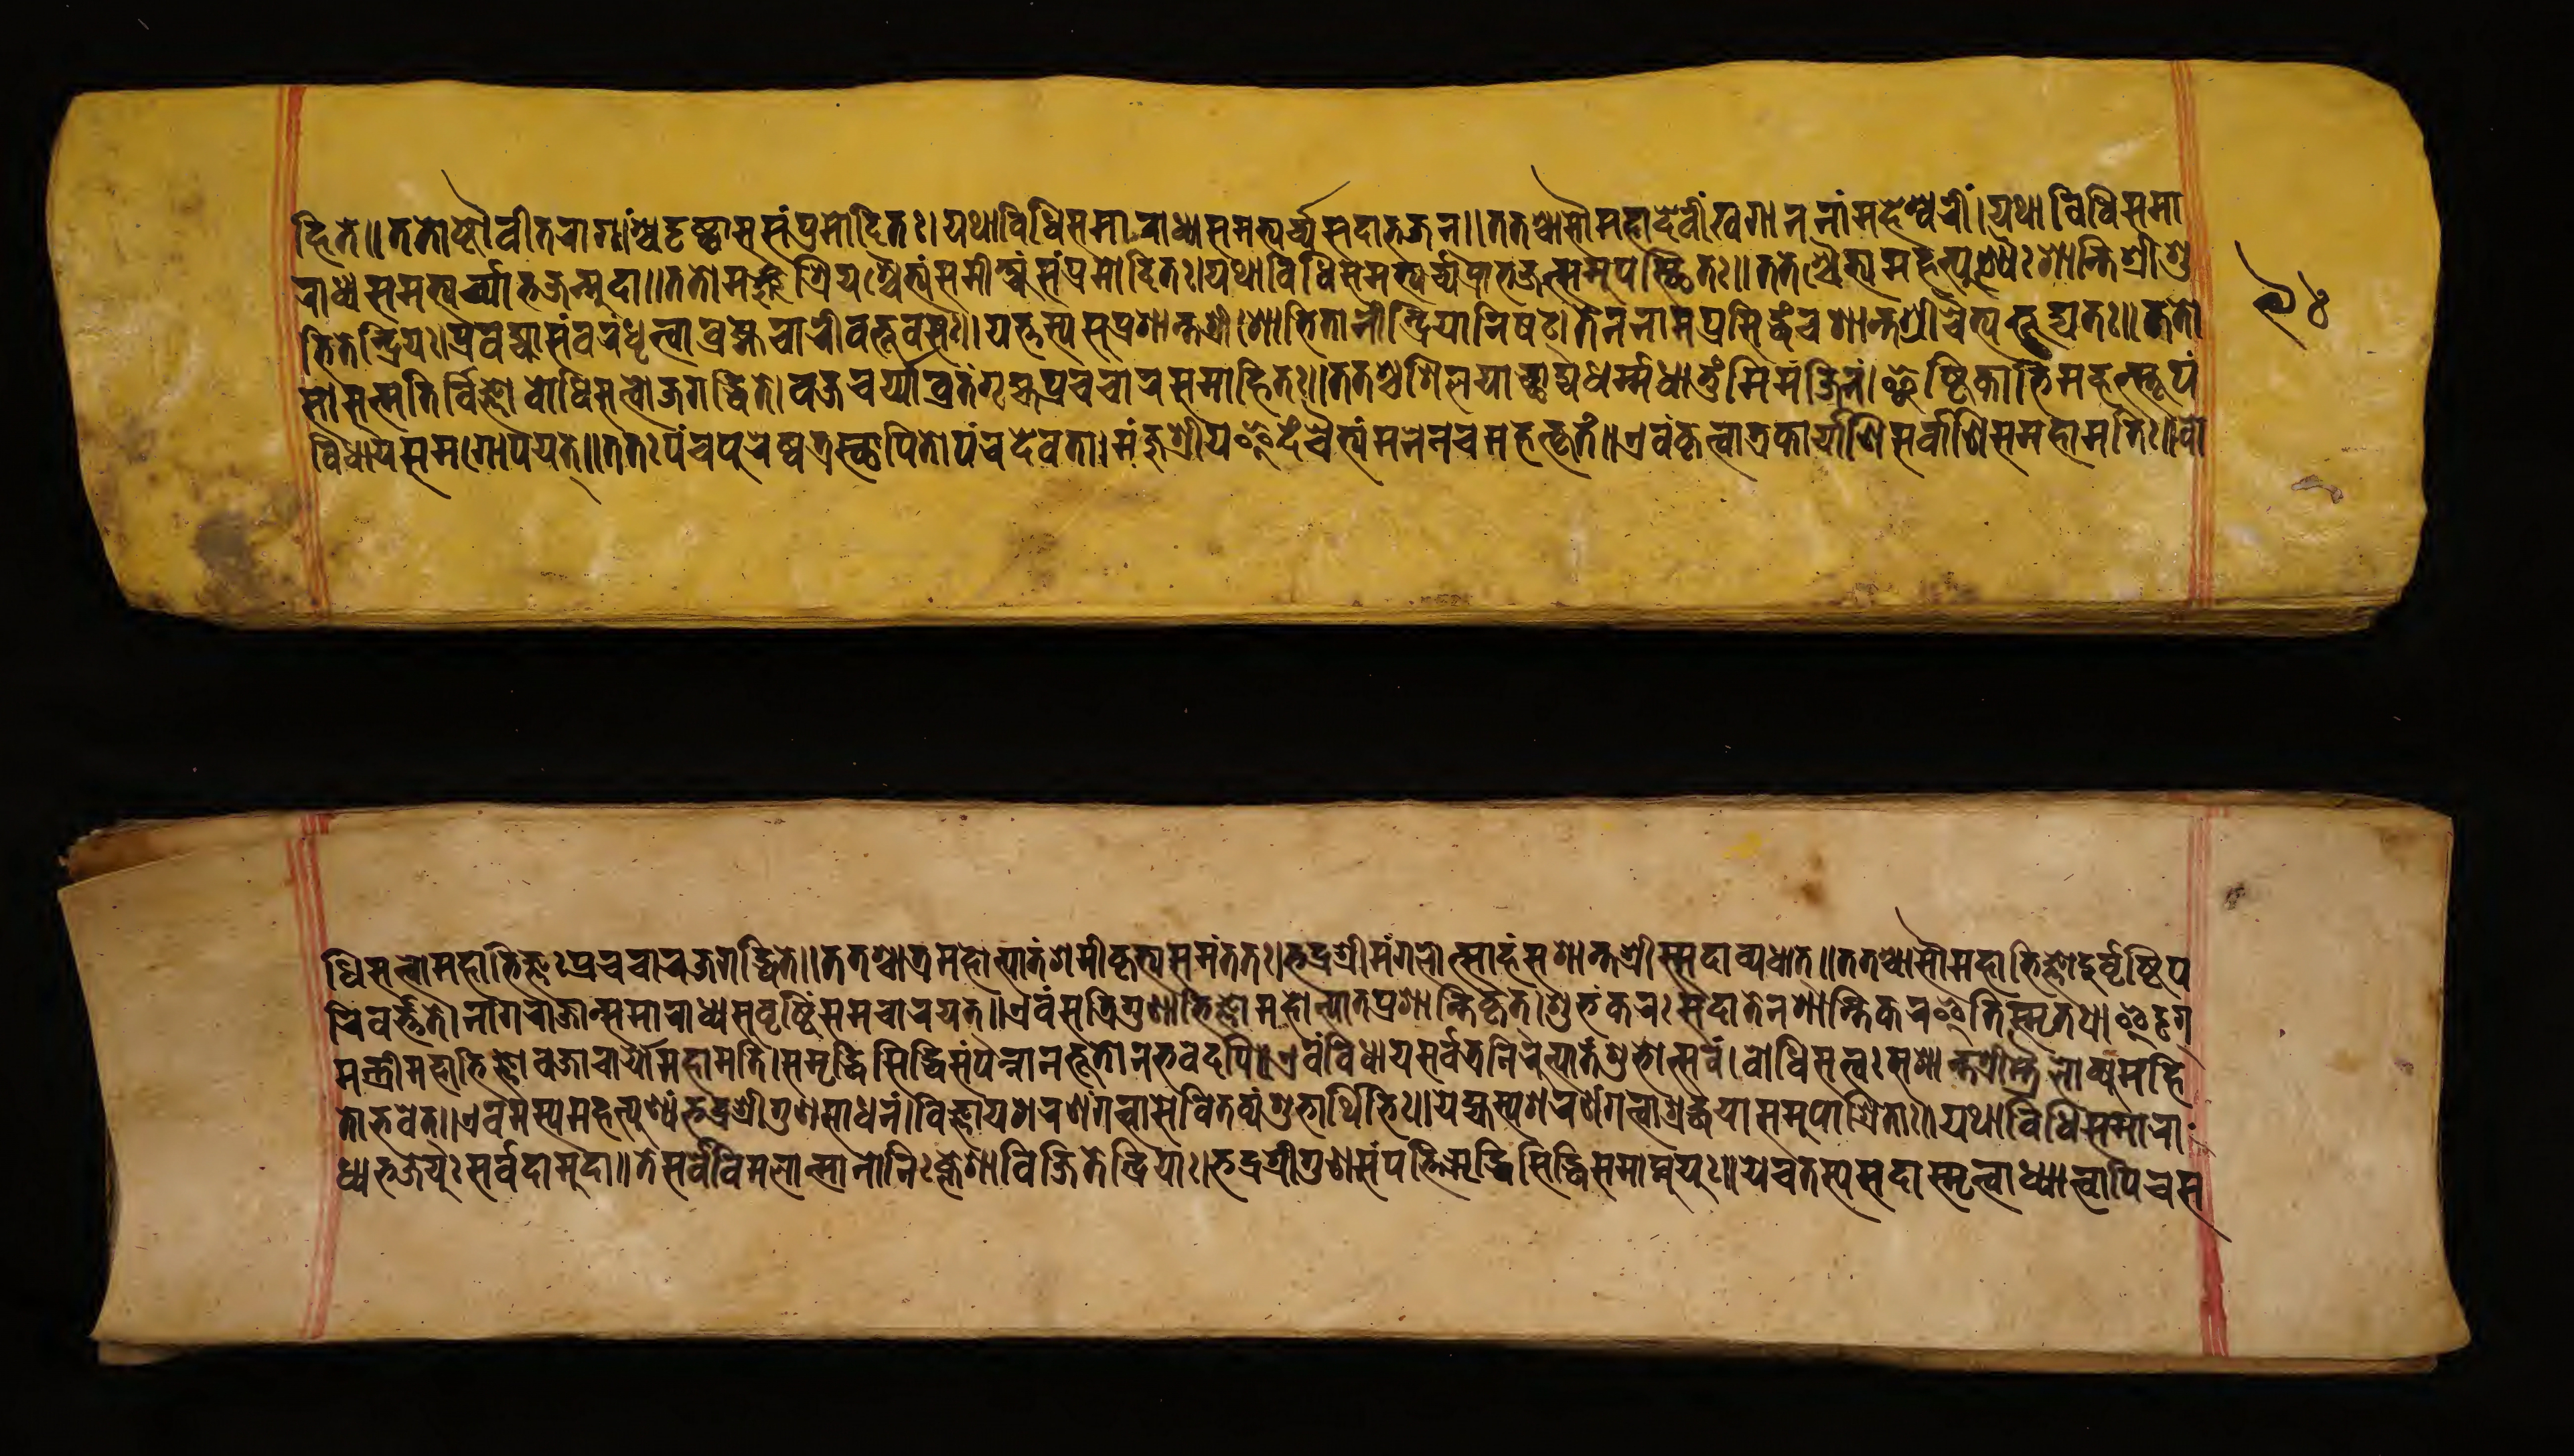
𑐴𑐶𑐟𑑅𑑌𑐟𑐟𑑀𑐲𑑂𑐚𑑁𑐰𑐷𑐟𑐬𑐵𑐐𑐵𑑄𑐱𑑂𑐔𑐡𑐺𑐲𑑂𑐚𑑂𑐰𑐵𑐳𑐳𑑄𑐥𑑂𑐬𑐩𑑀𑐡𑐶𑐟𑑅𑑋𑐫𑐠𑐵𑐰𑐶𑐢𑐶𑐳𑐩𑐵𑐬𑐵𑐢𑑂𑐫𑐳𑐩𑐨𑑂𑐫𑐬𑑂𑐔𑑂𑐫𑐳𑐡𑐵𑐨𑐖𑐣𑑂𑑌𑐟𑐟𑐱𑑂𑐔𑐵𑐳𑑁𑐩𑐴𑐵𑐡𑐾𑐰𑐷𑐏𑐐𑐵𑐣𑐣𑐵𑑄𑐩𑐴𑐾𑐱𑑂𑐰𑐬𑐷𑑄𑑋𑐫𑐠𑐵𑐰𑐶𑐢𑐶𑐳𑐩𑐵 𑐬𑐵𑐢𑑂𑐫𑐳𑐩𑐨𑑂𑐫𑐬𑑂𑐔𑑂𑐫𑐵𑐨𑐖𑐣𑑂𑐩𑐸𑐡𑐵𑑌𑐟𑐟𑑀𑐩𑐘𑑂𑐖𑐸𑐱𑑂𑐬𑐶𑐫𑐱𑑂𑐔𑐿𑐟𑑂𑐫𑑄𑐳𑐩𑐷𑐎𑑂𑐲𑑂𑐫𑐳𑐥𑑂𑐬𑐩𑑀𑐡𑐶𑐟𑑅𑑋𑐫𑐠𑐵𑐰𑐶𑐢𑐶𑐳𑐩𑐨𑑂𑐫𑐬𑑂𑐔𑑂𑐫𑐥𑑂𑐬𑐵𑐨𑐖𑐟𑑂𑐳𑐩𑐸𑐥𑐳𑑂𑐠𑐶𑐟𑑅𑑌𑐟𑐟𑑅𑐱𑑂𑐔𑐿𑐟𑐟𑑂𑐩𑐴𑐟𑑂𑐥𑐸𑐞𑑂𑐫𑐿𑑅𑐱𑐵𑐣𑑂𑐟𑐶𑐱𑑂𑐬𑐷𑐱𑐸 𑐨𑐶𑐟𑐾𑐣𑑂𑐡𑑂𑐬𑐶𑐫𑑅𑑋𑐥𑑂𑐬𑐰𑐖𑑂𑐫𑐵𑐳𑑄𑐰𑐬𑑄𑐢𑐺𑐟𑑂𑐰𑐵𑐧𑑂𑐬𑐴𑑂𑐩𑐔𑐵𑐬𑐷𑐧𑐨𑐹𑐰𑐳𑑅𑑌𑐫𑐟𑑂𑐟𑐳𑑂𑐫𑐳𑐸𑐥𑑂𑐬𑐱𑐵𑐣𑑂𑐟𑐱𑑂𑐬𑐷𑐱𑑀𑐨𑐶𑐟𑐵𑐣𑐷𑐣𑑂𑐡𑑂𑐬𑐶𑐫𑐵𑐣𑐶𑐲𑐚𑑂𑑋𑐟𑑄𑐣𑐣𑐵𑐩𑐥𑑂𑐬𑐳𑐶𑐡𑑂𑐢𑑄𑐔𑐱𑐵𑐣𑑂𑐟𑐱𑑂𑐬𑐷𑐬𑐶𑐟𑑂𑐫𑐨𑐹𑐡𑑂𑐫𑐟𑑅𑑌𑐟𑐟𑑀 𑐳𑑁𑐳𑐟𑑂𑐩𑐟𑐶𑐬𑑂𑐰𑐶𑐖𑑂𑐘𑑀𑐧𑑀𑐢𑐶𑐳𑐟𑑂𑐟𑑂𑐰𑑀𑐖𑐐𑐡𑑂𑐢𑐶𑐟𑐾𑑋𑐰𑐖𑑂𑐬𑐔𑐬𑑂𑐫𑐵𑐰𑑂𑐬𑐟𑑄𑐐𑐺𑐴𑐫𑐥𑑂𑐬𑐔𑐔𑐵𑐬𑐳𑐩𑐵𑐴𑐶𑐟𑑅𑑌𑐟𑐟𑐱𑑂𑐔𑐱𑐶𑐮𑐫𑐵𑐕𑐵𑐡𑑂𑐫𑐢𑐬𑑂𑐩𑑂𑐩𑐢𑐵𑐟𑐸𑑄𑐩𑐶𑐩𑑄𑐖𑐶𑐣𑑄𑑋𑐂𑐲𑑂𑐚𑐶𑐎𑐵𑐨𑐶𑐬𑑂𑐩𑐴𑐟𑑂𑐳𑑂𑐟𑐹𑐥𑑄 𑐰𑐶𑐢𑐵𑐫𑐳𑐩𑐐𑑀𑐥𑐫𑐟𑑂𑑌𑐟𑐟𑑅𑐥𑐘𑑂𑐔𑐥𑐸𑐬𑐾𑐲𑑂𑐰𑐟𑑂𑐬𑐳𑑂𑐠𑐵𑐥𑐶𑐟𑐵𑐥𑐘𑑂𑐔𑐡𑐾𑐰𑐟𑐵𑑅𑑋𑐩𑐘𑑂𑐖𑐸𑐱𑑂𑐬𑐷𑐫𑐵𑐩𑐶𑐡𑑄𑐔𑐿𑐟𑑂𑐫𑐩𑐣𑐾𑐣𑐔𑐩𑐴𑐟𑑂𑐎𑐺𑐟𑑄𑑌𑐊𑐰𑑄𑐎𑐺𑐟𑑂𑐰𑐵𑐟𑑂𑐬𑐎𑐵𑐬𑑂𑐫𑐵𑐞𑐶𑐳𑐬𑑂𑐰𑐵𑐞𑐶𑐳𑐩𑐴𑐵𑐩𑐟𑐶𑑅𑑋𑐧𑑀 𑐢𑐶𑐳𑐟𑑂𑐟𑑂𑐰𑐵𑐩𑐴𑐵𑐨𑐶𑐖𑑂𑐘𑑅𑐥𑑂𑐬𑐔𑐔𑐵𑐬𑐖𑐐𑐡𑑂𑐢𑐶𑐟𑐾𑑌𑐟𑐟𑐱𑑂𑐔𑐵𑐟𑑂𑐬𑐩𑐴𑐟𑑂𑐥𑐵𑐟𑑄𑐱𑐩𑐷𑐎𑐺𑐟𑑂𑐫𑐳𑐩𑑄𑐟𑐟𑑅𑑋𑐨𑐡𑑂𑐬𑐱𑑂𑐬𑐷𑐩𑐒𑑂𑐐𑐮𑑀𑐟𑑂𑐳𑐵𑐴𑑄𑐣𑐱𑐵𑐣𑑂𑐟𑐱𑑂𑐬𑐷𑑅𑐳𑑂𑐳𑐡𑐵𑐰𑑂𑐫𑐢𑐵𑐟𑑂𑑌𑐟𑐟𑐱𑑂𑐔𑐵𑐳𑑁𑐩𑐴𑐵𑐨𑐶𑐖𑑂𑐘𑑀𑐡𑐸𑐬𑑂𑐰𑐺𑐲𑑂𑐚𑐶𑐥 𑐬𑐶𑐰𑐬𑑂𑐟𑑂𑐟𑐟𑐾𑑋𑐣𑐵𑐐𑐬𑐵𑐖𑐵𑐣𑑂𑐳𑐩𑐵𑐬𑐵𑐢𑑂𑐫𑐳𑐸𑐰𑐺𑐲𑑂𑐚𑐶𑐳𑐩𑐔𑐵𑐬𑐫𑐟𑑂𑑌𑐊𑐰𑑄𑐳𑐟𑑂𑐬𑐶𑐐𑐸𑐞𑐵𑐨𑐶𑐖𑑂𑐘𑐵𑑄𑐩𑐴𑑀𑐟𑑂𑐥𑐵𑐟𑐥𑑂𑐬𑐱𑐵𑐣𑑂𑐟𑐶𑐎𑐺𑐟𑑂𑑋𑐱𑐸𑐨𑑄𑐎𑐬𑐳𑐡𑐵𑐟𑐾𑐣𑐱𑐵𑐣𑑂𑐟𑐶𑐎𑐬𑐾𑐂𑐟𑐶𑐳𑑂𑐩𑐺𑐟𑑅𑑌𑐃𑐡𑐺𑐐𑑂 𑐩𑐣𑑂𑐟𑑂𑐬𑐷𑐩𑐴𑐵𑐨𑐶𑐖𑑂𑐘𑑀𑐰𑐖𑑂𑐬𑐵𑐔𑐵𑐬𑑂𑐫𑐵𑐩𑐴𑐵𑐩𑐟𑐶𑑅𑑋𑐳𑐩𑐺𑐡𑑂𑐢𑐶𑐳𑐶𑐡𑑂𑐢𑐶𑐳𑑄𑐥𑐣𑑂𑐣𑐵𑐣𑐨𑐹𑐟𑐵𑐣𑐨𑐰𑐶𑐲𑑂𑐫𑐟𑐶𑑌𑐊𑐰𑑄𑐰𑐶𑐢𑐵𑐫𑐳𑐬𑑂𑐰𑐟𑑂𑐬𑐣𑐶𑐬𑐸𑐟𑑂𑐥𑐵𑐟𑑄𑐱𑐸𑐨𑑀𑐟𑑂𑐳𑐰𑑄𑑋𑐧𑑀𑐢𑐶𑐳𑐟𑑂𑐟𑑂𑐰𑐳𑐱𑐵𑐣𑑂𑐟𑐱𑑂𑐬𑐷𑐳𑑂𑐟𑑂𑐬𑐿𑐮𑑀𑐎𑑂𑐫𑐩𑐴𑐶 𑐟𑑀𑐨𑐰𑐟𑑂𑑌𑐊𑐰𑐩𑐳𑑂𑐫𑐩𑐴𑐟𑑂𑐥𑐸𑐞𑑂𑐫𑑄𑐨𑐡𑑂𑐬𑐱𑑂𑐬𑐷𑐐𑐸𑐞𑐳𑐵𑐢𑐣𑑄𑑋𑐰𑐶𑐖𑑂𑐘𑐵𑐫𑐱𑐬𑐞𑑄𑐐𑐟𑑂𑐰𑐵𑐳𑐰𑐶𑐟𑐰𑑂𑐫𑑄𑐱𑐸𑐨𑐵𑐬𑑂𑐠𑐶𑐨𑐶𑑅𑑌𑐫𑐡𑑂𑐫𑐳𑑂𑐫𑐱𑐬𑐞𑑄𑐐𑐟𑑂𑐰𑐵𑐱𑑂𑐬𑐡𑑂𑐢𑐫𑐵𑐳𑐩𑐸𑐥𑐵𑐱𑑂𑐬𑐶𑐟𑐵𑑅𑑋𑐫𑐠𑐵𑐰𑐶𑐢𑐶𑐳𑐩𑐵𑐬𑐵 𑐢𑑂𑐫𑐨𑐖𑐾𑐫𑐸𑑅𑐳𑐬𑑂𑐰𑐡𑐵𑐩𑐸𑐡𑐵𑑌𑐟𑐾𑐳𑐬𑑂𑐰𑐾𑐰𑐶𑐩𑐮𑐟𑑂𑐩𑐵𑐣𑑀𑐣𑐶𑑅𑐎𑑂𑐮𑐾𑐱𑐵𑐰𑐶𑐖𑐶𑐟𑐾𑐣𑑂𑐡𑑂𑐬𑐶𑐫𑐵𑑅𑑋𑐨𑐡𑑂𑐬𑐱𑑂𑐬𑐷𑐐𑐸𑐞𑐳𑑄𑐥𑐟𑑂𑐟𑐶𑑄𑐳𑐬𑑂𑐡𑑂𑐢𑐶𑐳𑐶𑐡𑑂𑐢𑐶𑑄𑐳𑐩𑐵𑐫𑐫𑐸𑑅𑑌𑐫𑐾𑐔𑐟𑐳𑑂𑐫𑐳𑐡𑐵𑐳𑑂𑐩𑐺𑐟𑑂𑐰𑐵𑐢𑑂𑐫𑐵𑐟𑑂𑐰𑐵𑐥𑐶𑐔𑐳 𑑙𑑔